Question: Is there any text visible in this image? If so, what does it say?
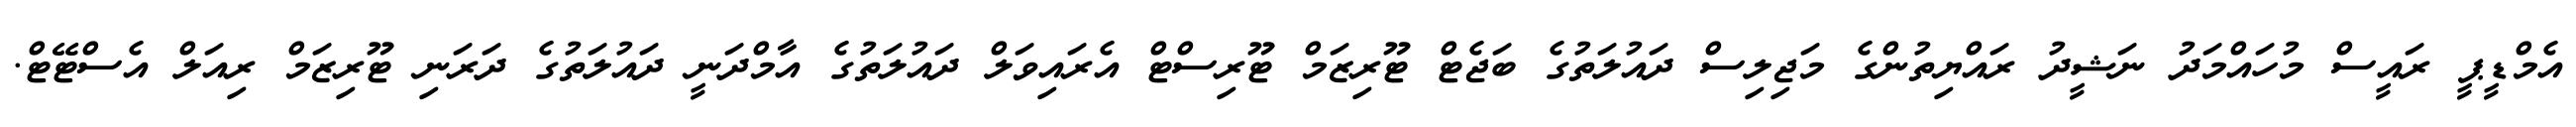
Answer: އެމްޑީޕީ ރައީސް މުހައްމަދު ނަޝީދު ރައްޔިތުންގެ މަޖިލިސް ދައުލަތުގެ ބަޖެޓް ޓޫރިޒަމް ޓޫރިސްޓް އެރައިވަލް ދައުލަތުގެ އާމްދަނީ ދައުލަތުގެ ދަރަނި ޓޫރިޒަމް ރިއަލް އެސްޓޭޓް.